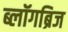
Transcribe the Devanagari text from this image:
ब्लॉगब्रिज